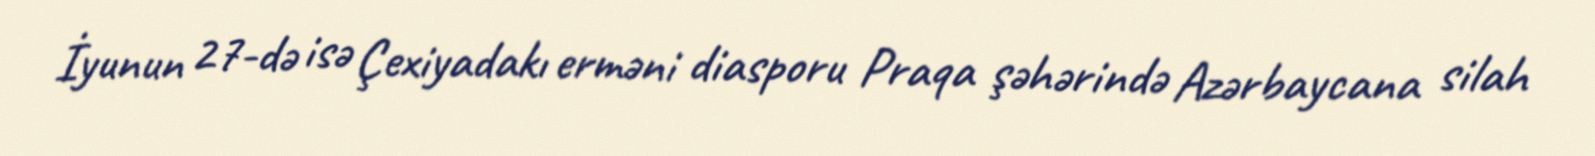
İyunun 27-də isə Çexiyadakı erməni diasporu Praqa şəhərində Azərbaycana silah